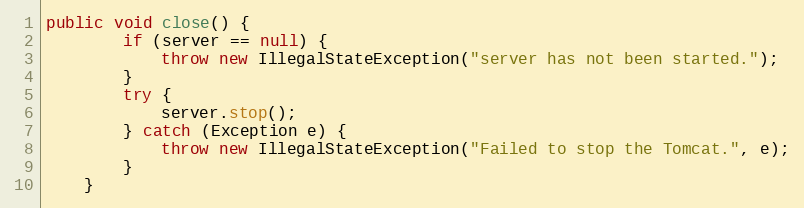
Language: Java
public void close() {
        if (server == null) {
            throw new IllegalStateException("server has not been started.");
        }
        try {
            server.stop();
        } catch (Exception e) {
            throw new IllegalStateException("Failed to stop the Tomcat.", e);
        }
    }